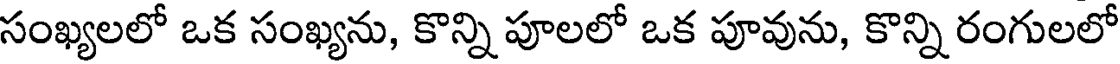
సంఖ్యలలో ఒక సంఖ్యను, కొన్ని పూలలో ఒక పూవును, కొన్ని రంగులలో